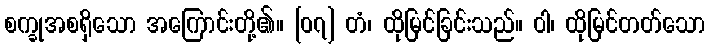
စက္ခုအစရှိသော အကြောင်းတို့၏။ [၀၇] တံ၊ ထိုမြင်ခြင်းသည်။ ဝါ၊ ထိုမြင်တတ်သော